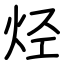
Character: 烃